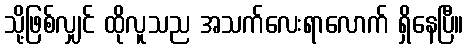
သို့ဖြစ်လျှင် ထိုလူသည အသက်လေးရာလောက် ရှိနေပြီ။